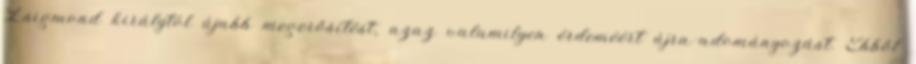
Zsigmond királytól újabb megerősítést, azaz valamilyen érdeméért újra-adományozást. Ebből